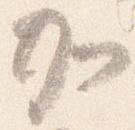
加